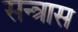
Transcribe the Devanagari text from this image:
सन्त्रास